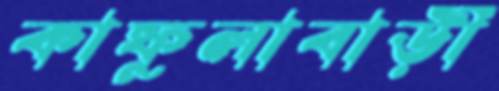
কাফুলাবাড়ী